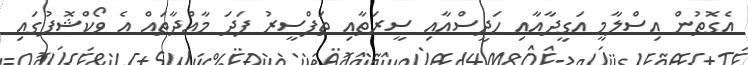
އެގޮތުން އިސްލާމީ އަގީދާއާއި ހަދީސްއާއި ސީރަތާއި ތަފްސީރު ފަދަ މާއްދާތައް އެ ވޯކްޝޮޕުގައި